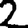
Digit: 2